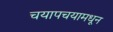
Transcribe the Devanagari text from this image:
चयापचयामधून